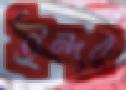
ইন্দর